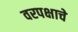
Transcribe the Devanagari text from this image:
वरपक्षाचे